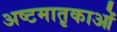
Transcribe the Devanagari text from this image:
अष्टमातृकाओं